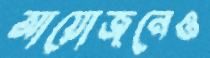
আয়োজনেও